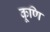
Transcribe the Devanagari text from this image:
कूणि